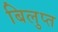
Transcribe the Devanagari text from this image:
बिलुप्त